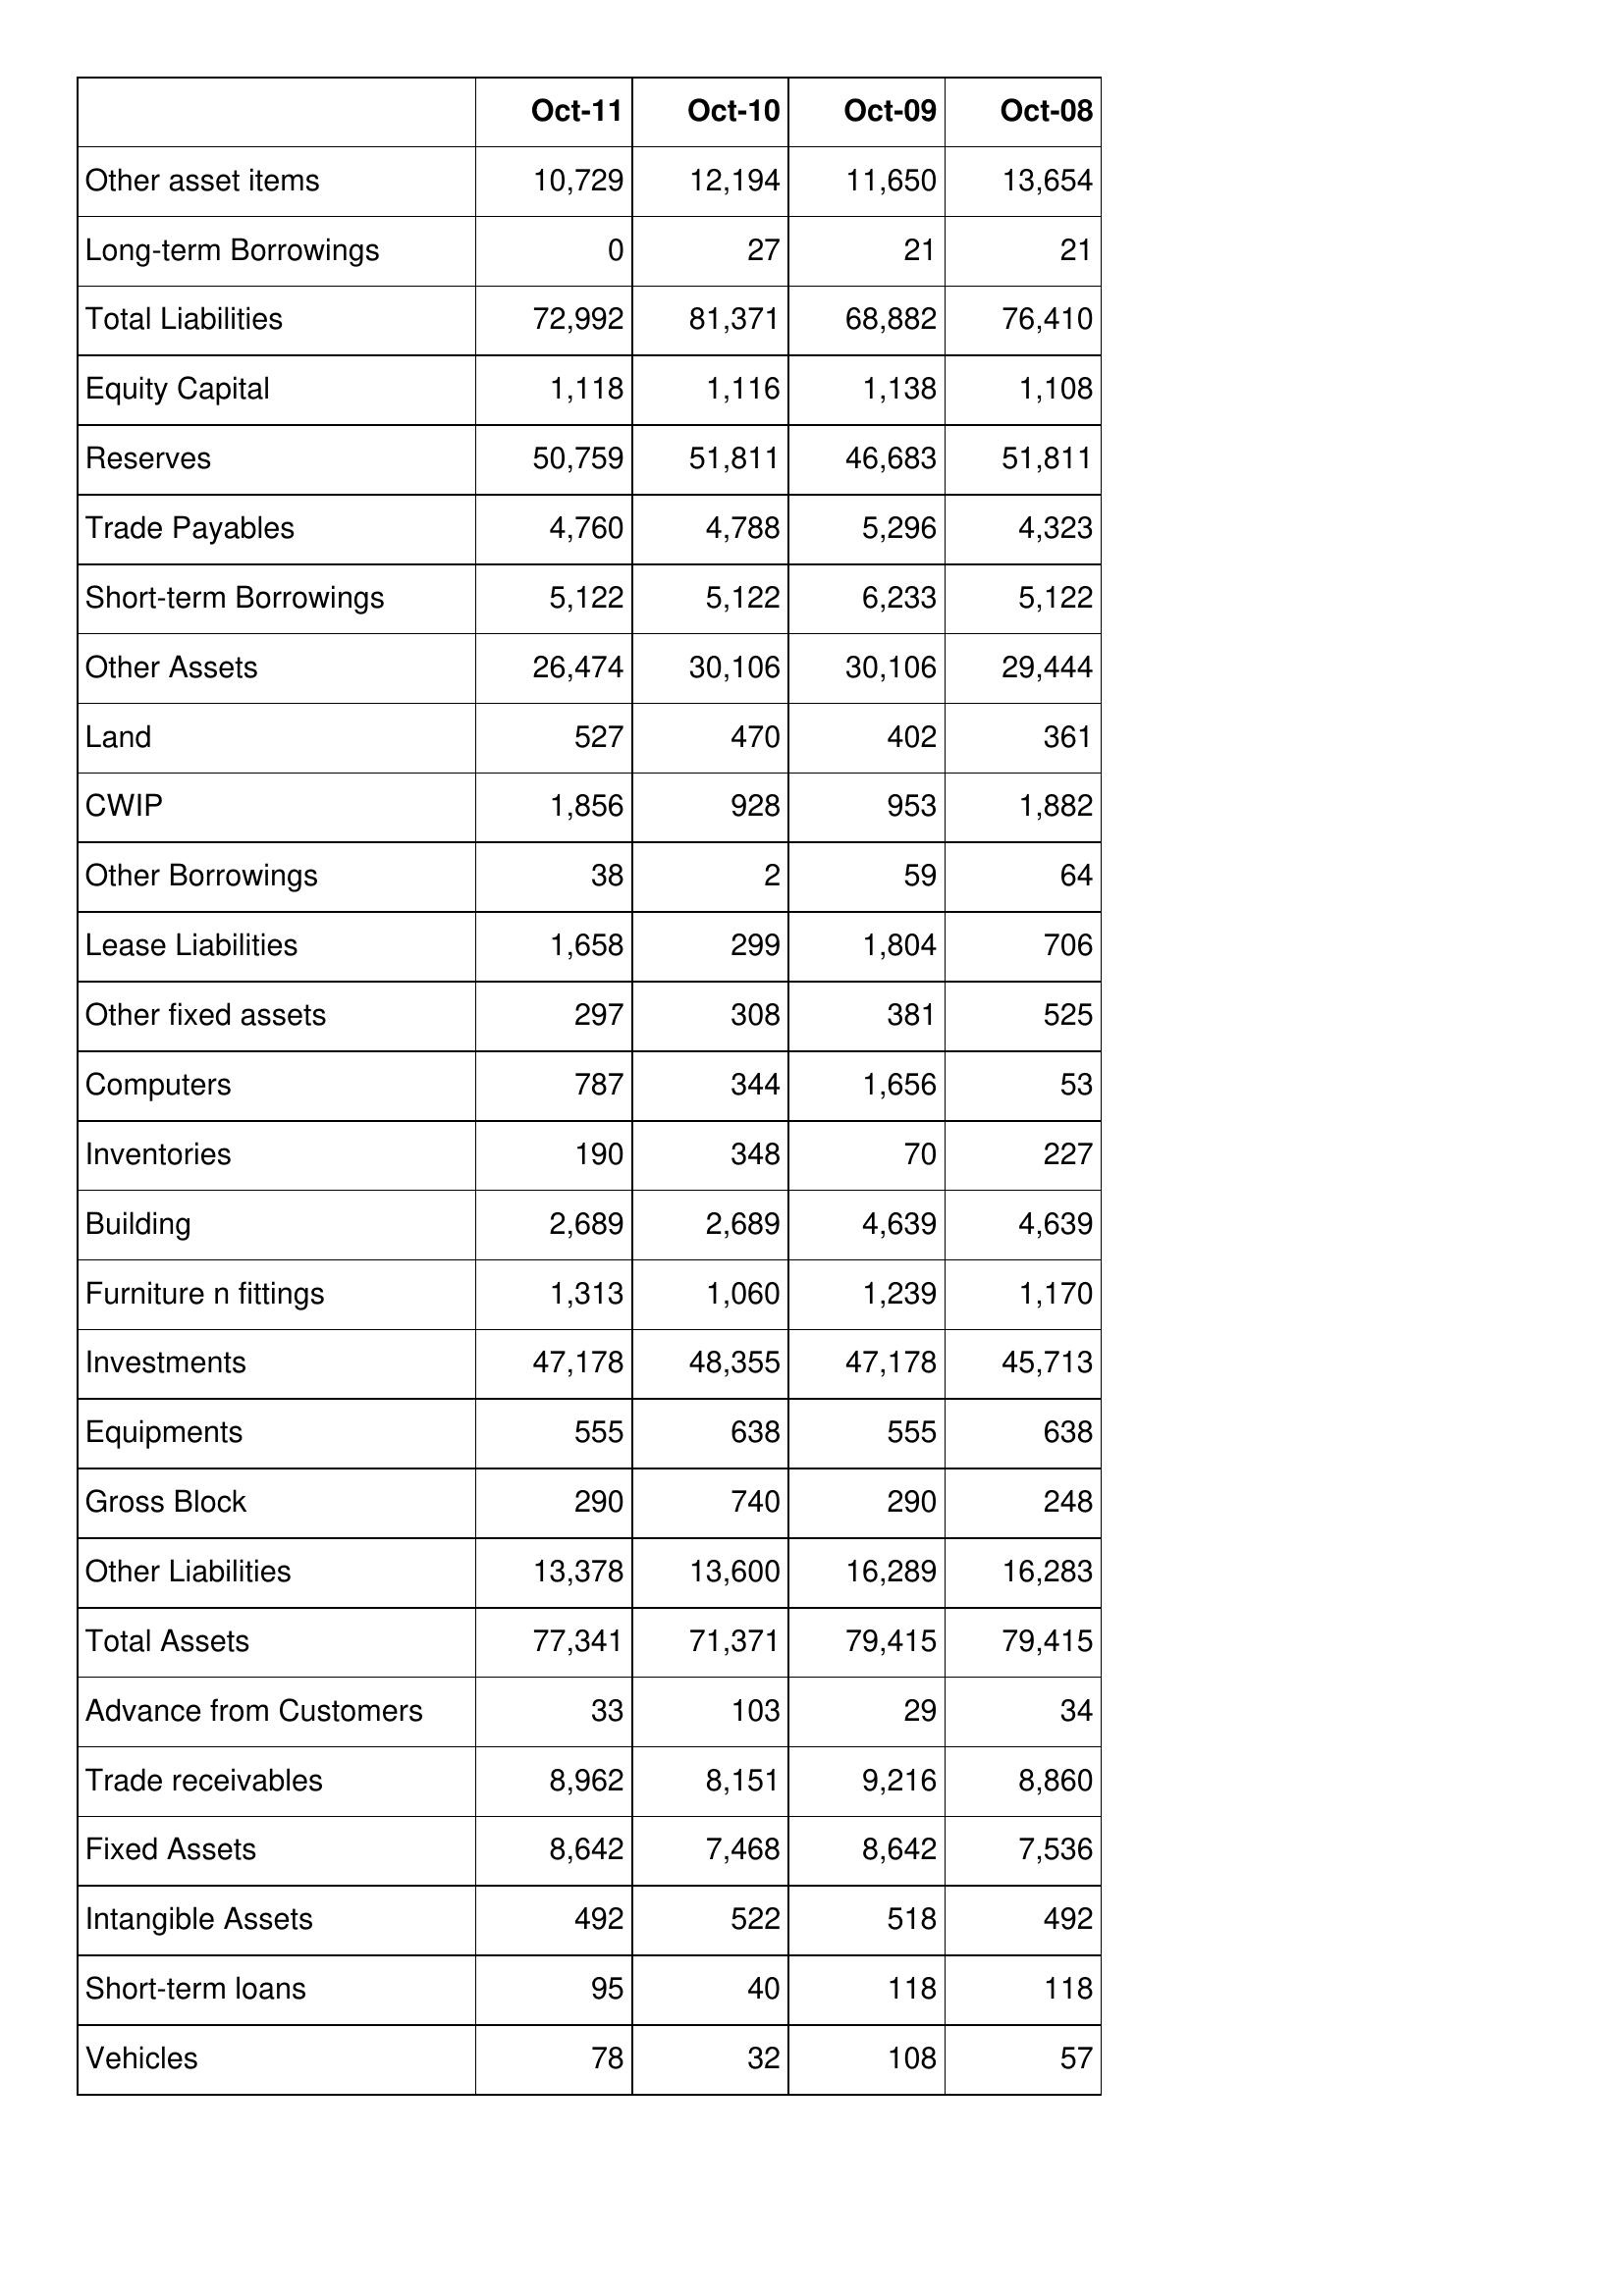
Oct-11: Balance Sheet: Other asset items: 10,729
Long-term Borrowings: 0
Total Liabilities: 72,992
Equity Capital: 1,118
Reserves: 50,759
Trade Payables: 4,760
Short-term Borrowings: 5,122
Other Assets: 26,474
Land: 527
CWIP: 1,856
Other Borrowings: 38
Lease Liabilities: 1,658
Other fixed assets: 297
Computers: 787
Inventories: 190
Building: 2,689
Furniture n fittings: 1,313
Investments: 47,178
Equipments: 555
Gross Block: 290
Other Liabilities: 13,378
Total Assets: 77,341
Advance from Customers: 33
Trade receivables: 8,962
Fixed Assets: 8,642
Intangible Assets: 492
Short-term loans: 95
Vehicles: 78
Oct-10: Balance Sheet: Other asset items: 12,194
Long-term Borrowings: 27
Total Liabilities: 81,371
Equity Capital: 1,116
Reserves: 51,811
Trade Payables: 4,788
Short-term Borrowings: 5,122
Other Assets: 30,106
Land: 470
CWIP: 928
Other Borrowings: 2
Lease Liabilities: 299
Other fixed assets: 308
Computers: 344
Inventories: 348
Building: 2,689
Furniture n fittings: 1,060
Investments: 48,355
Equipments: 638
Gross Block: 740
Other Liabilities: 13,600
Total Assets: 71,371
Advance from Customers: 103
Trade receivables: 8,151
Fixed Assets: 7,468
Intangible Assets: 522
Short-term loans: 40
Vehicles: 32
Oct-09: Balance Sheet: Other asset items: 11,650
Long-term Borrowings: 21
Total Liabilities: 68,882
Equity Capital: 1,138
Reserves: 46,683
Trade Payables: 5,296
Short-term Borrowings: 6,233
Other Assets: 30,106
Land: 402
CWIP: 953
Other Borrowings: 59
Lease Liabilities: 1,804
Other fixed assets: 381
Computers: 1,656
Inventories: 70
Building: 4,639
Furniture n fittings: 1,239
Investments: 47,178
Equipments: 555
Gross Block: 290
Other Liabilities: 16,289
Total Assets: 79,415
Advance from Customers: 29
Trade receivables: 9,216
Fixed Assets: 8,642
Intangible Assets: 518
Short-term loans: 118
Vehicles: 108
Oct-08: Balance Sheet: Other asset items: 13,654
Long-term Borrowings: 21
Total Liabilities: 76,410
Equity Capital: 1,108
Reserves: 51,811
Trade Payables: 4,323
Short-term Borrowings: 5,122
Other Assets: 29,444
Land: 361
CWIP: 1,882
Other Borrowings: 64
Lease Liabilities: 706
Other fixed assets: 525
Computers: 53
Inventories: 227
Building: 4,639
Furniture n fittings: 1,170
Investments: 45,713
Equipments: 638
Gross Block: 248
Other Liabilities: 16,283
Total Assets: 79,415
Advance from Customers: 34
Trade receivables: 8,860
Fixed Assets: 7,536
Intangible Assets: 492
Short-term loans: 118
Vehicles: 57